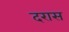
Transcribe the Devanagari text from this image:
दरास